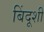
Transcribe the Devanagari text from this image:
बिंदूशी